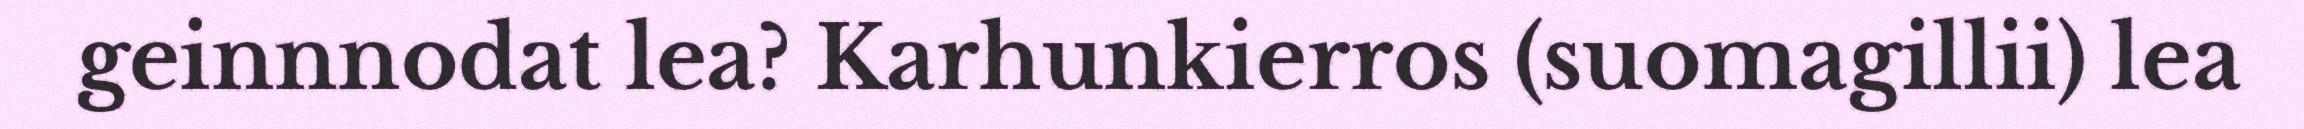
geinnnodat lea? Karhunkierros (suomagillii) lea